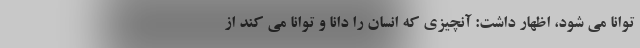
توانا می شود، اظهار داشت: آنچیزی که انسان را دانا و توانا می کند از